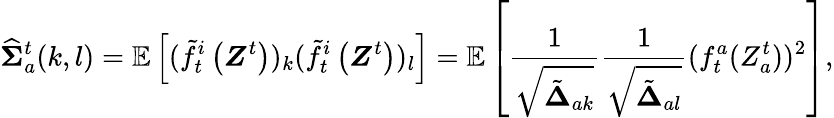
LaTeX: \widehat{\boldsymbol{\Sigma}}_{a}^{t}(k,l)=\mathbb{E}\left[(\tilde{f}_{t}^{i}\left(\boldsymbol{Z}^{t}\right))_{k}(\tilde{f}_{t}^{i}\left(\boldsymbol{Z}^{t}\right))_{l}\right]=\mathbb{E}\left[\frac{1}{\sqrt{\tilde{\boldsymbol{\Delta}}_{ak}}}\frac{1}{\sqrt{\tilde{\boldsymbol{\Delta}}_{al}}}(f_{t}^{a}(Z_{a}^{t}))^{2}\right],